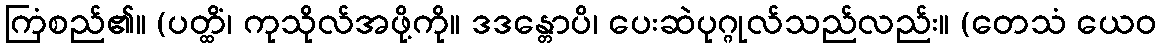
ကြံစည်၏။ (ပတ္ထိံ၊ ကုသိုလ်အဖို့ကို။ ဒဒန္တောပိ၊ ပေးဆဲပုဂ္ဂုလ်သည်လည်း။ (တေသံ ယေဝ